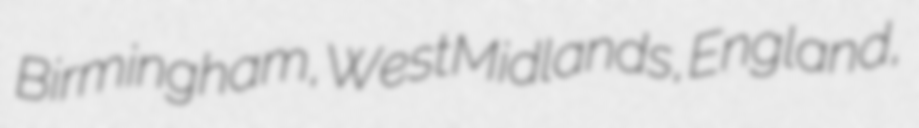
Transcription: Birmingham, West Midlands, England,